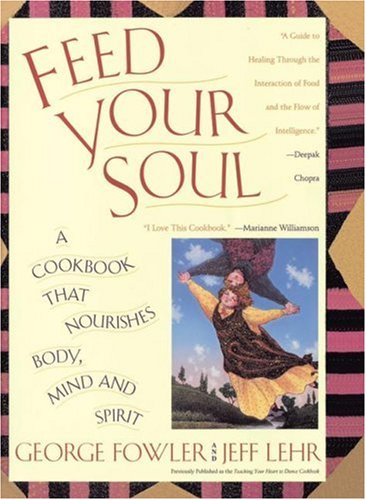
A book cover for Feed Your Soul: A Cookbook That Nourishes Body Mind And Spirit; George Fowler; Cookbooks, Food & Wine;